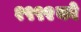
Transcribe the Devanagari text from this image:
१९९२को